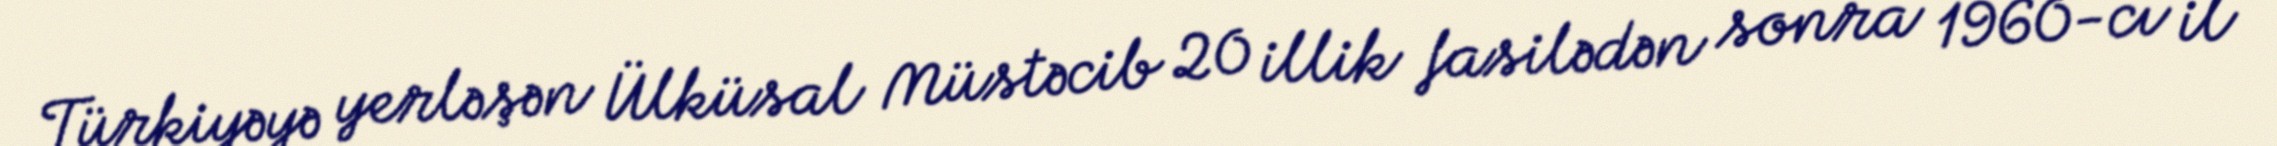
Türkiyəyə yerləşən Ülküsal Müstəcib 20 illik fasilədən sonra 1960-cı il